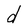
Character: d